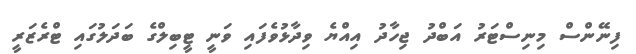
ފިނޭންސް މިނިސްޓަރު އަބްދު ޖިހާދު އިއްޔެ ވިދާޅުވެފައި ވަނީ ޓީބިލްގެ ބަދަލުގައި ޓްރެޒަރީ